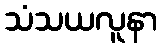
သံသယလူနာ